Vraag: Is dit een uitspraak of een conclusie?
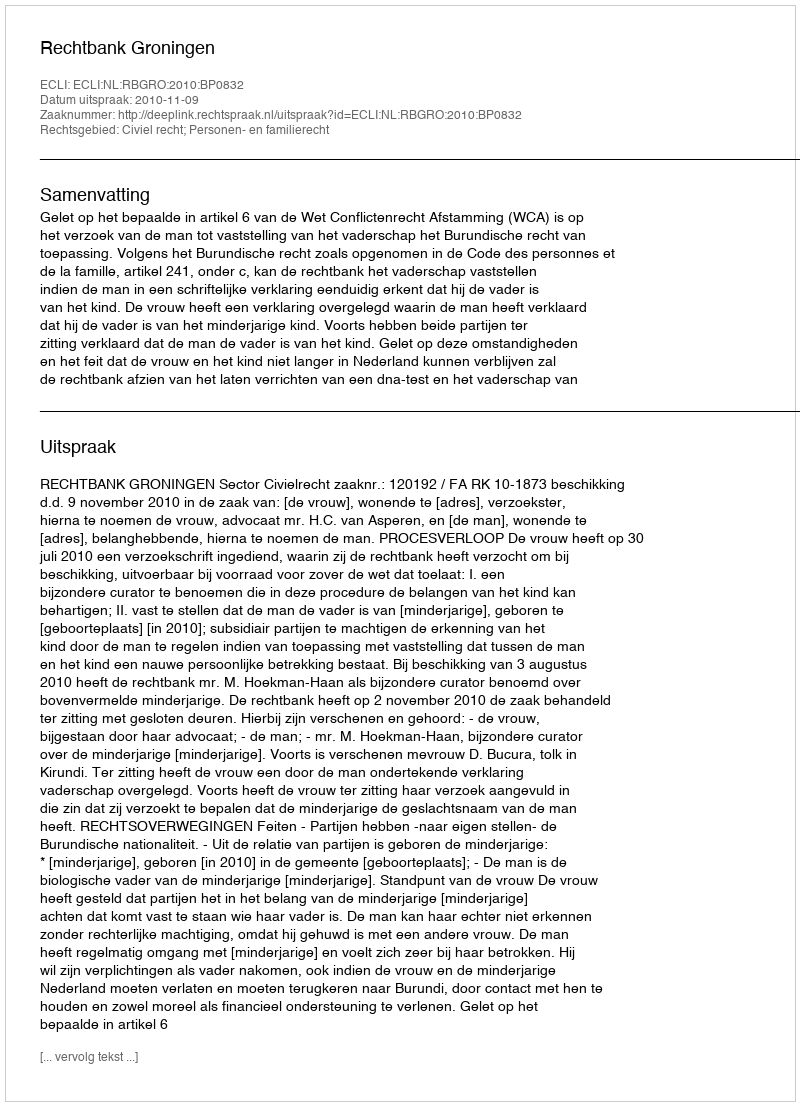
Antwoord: Uitspraak